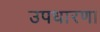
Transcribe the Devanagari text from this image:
उपधारणा